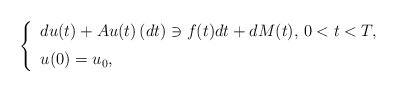
\begin{align*}\left\{\begin{tabular}[c]{l}$du(t)+Au(t)\left( dt\right) \ni f(t)dt+dM(t),$\ $0<t<T,$\medskip\\$u(0)=u_{0},$\end{tabular}\right. \end{align*}